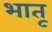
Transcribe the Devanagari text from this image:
भातू